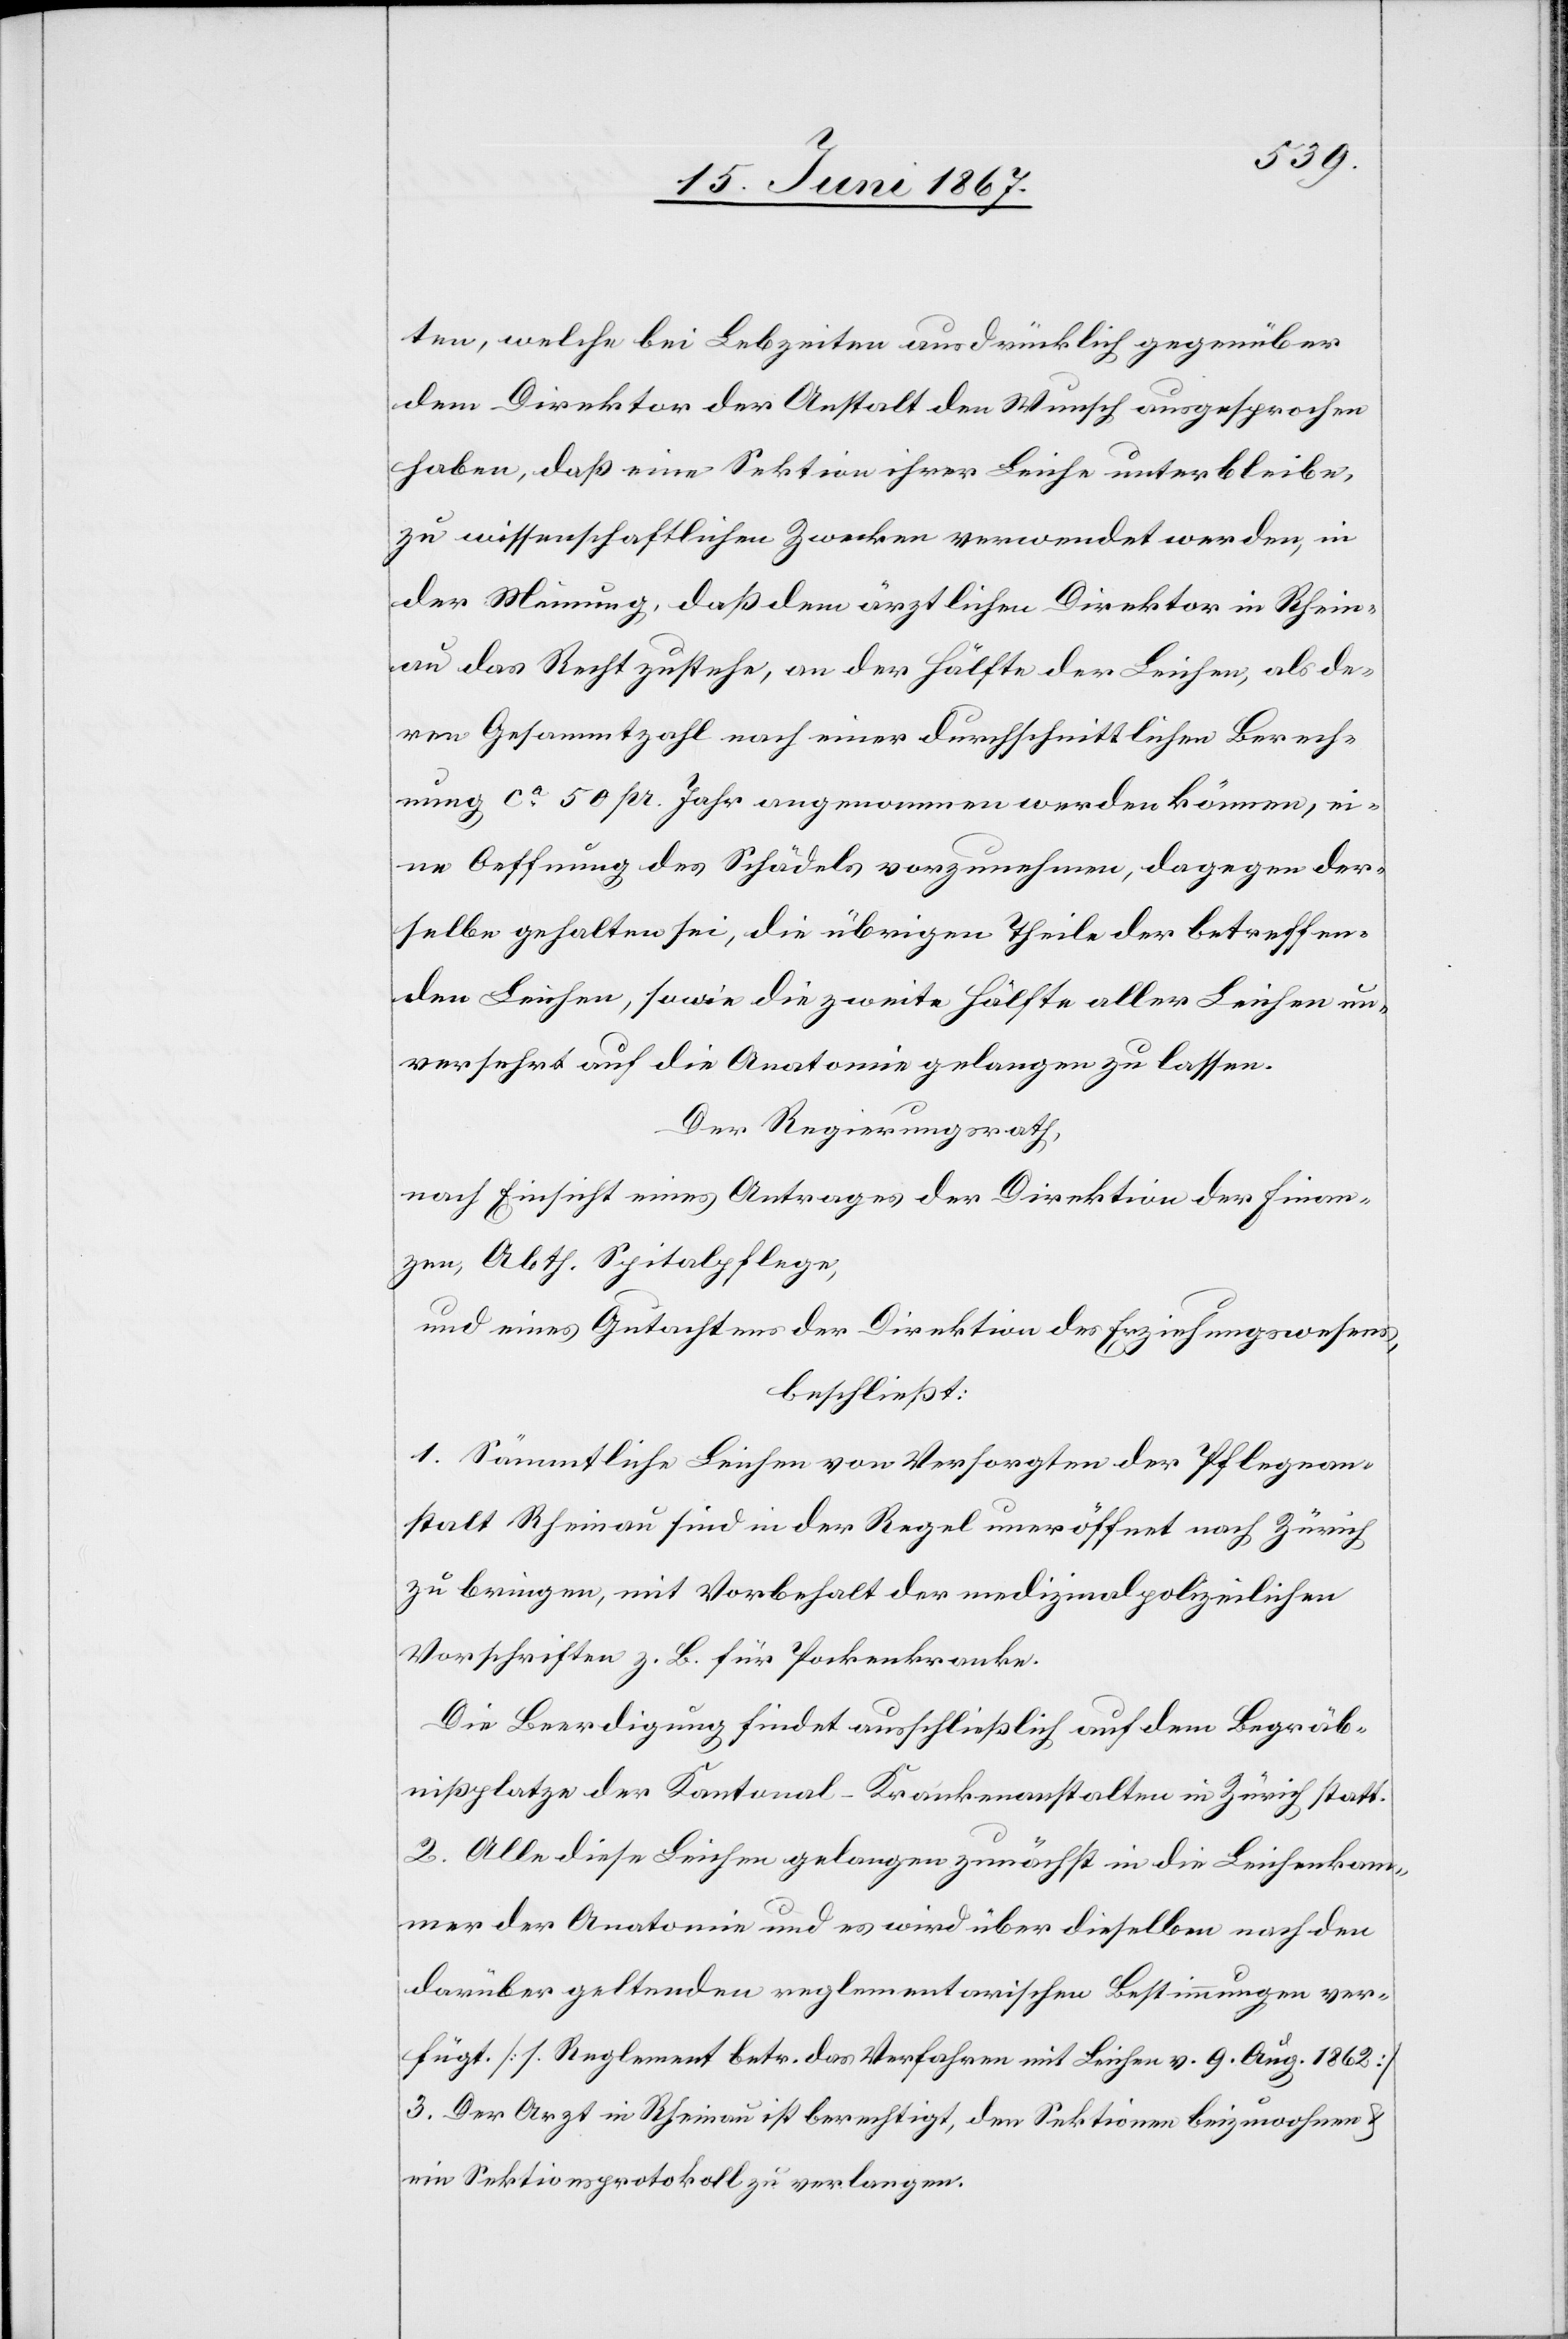
ten, welche bei Lebzeiten ausdrücklich gegenüber
dem Direktor der Anstalt den Wunsch ausgesprochen
haben, daß eine Sektion ihrer Leiche unterbleibe,
zu wissenschaftlichen Zwecken verwendet werden, in
der Meinung, daß dem ärztlichen Direktor in Rhein¬
au das Recht zustehe, an der Hälfte der Leichen, als de¬
ren Gesammtzahl nach eines durchschnittlichen Berech¬
nung ca. 50 pr. Jahr angenommen werden können, ei¬
ne Oeffnung des Schädels vorzunehmen, dagegen der¬
selbe gehalten sei, die übrigen Theile der betreffen¬
den Leichen, sowie die zweite Hälfte aller Leichen un¬
tersehrt auf die Anatomie gelangen zu lassen.
Der Regierungsrath;
nach Einsicht eines Antrages der Direktion der Finan¬
zen, Abth. Spitalpflege,
und eines Gutachtens der Direktion des Erziehungswesens,
beschließt:
1. Sämmtliche Leichen von Versorgten der Pflegean¬
stalt Rheinau sind in der Regel uneröffnet nach Zürich
zu bringen, mit Vorbehalt der medizinalpolizeilichen
Vorschriften z. B. für Pockenkranke.
Die Beerdigung findet ausschließlich auf dem Begräb¬
nißplatze der Kantonal-Krankenanstalt in Zürich statt.
2. Alle diese Leichen gelangen zunächst in die Leichenkam¬
mer der Anatomie und es wird über dieselben nach den
darüber geltenden reglementarischen Bestimmungen ver¬
fügt [s. Reglement betr. das Verfahren mit Leichen v. 9. Aug. 1862]
3. Der Arzt in Rheinau ist berechtigt, den Sektionen beizuwohnen
ein Sektionsprotokoll zu verlangen.